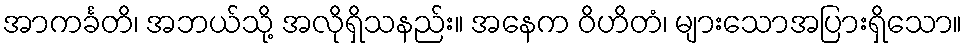
အာကင်္ခတိ၊ အဘယ်သို့ အလိုရှိသနည်း။ အနေက ဝိဟိတံ၊ များသောအပြားရှိသော။